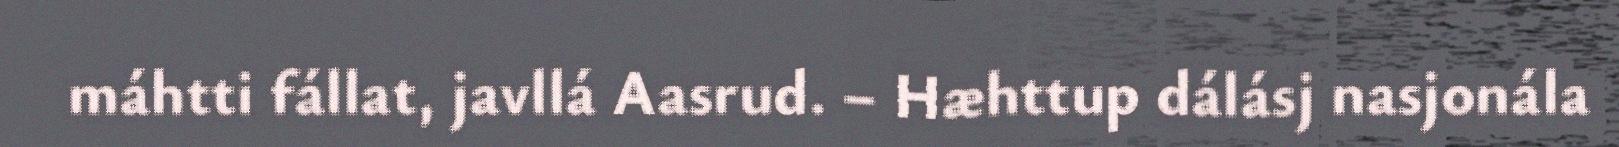
máhtti fállat, javllá Aasrud. – Hæhttup dálásj nasjonála